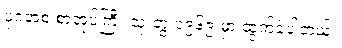
ပုဂံအစ စာအုပ်ကြီး သုံးတွဲ ၁၉၆၉ မှာ ထွက်ခဲ့ပါတယ်။